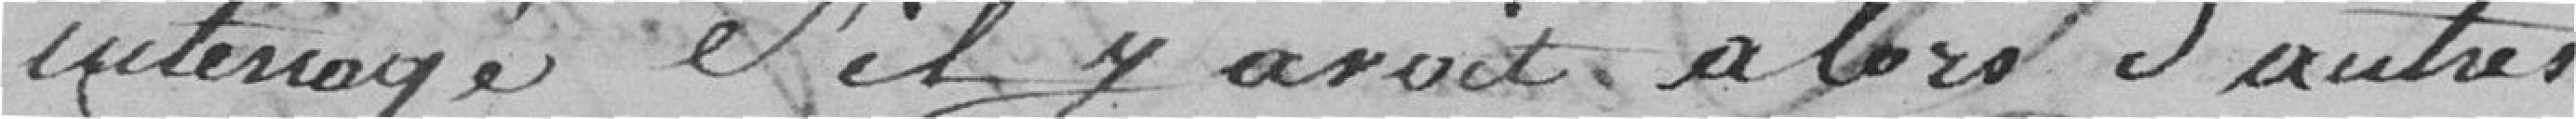
Interrogé s'il y avait alors d'autres